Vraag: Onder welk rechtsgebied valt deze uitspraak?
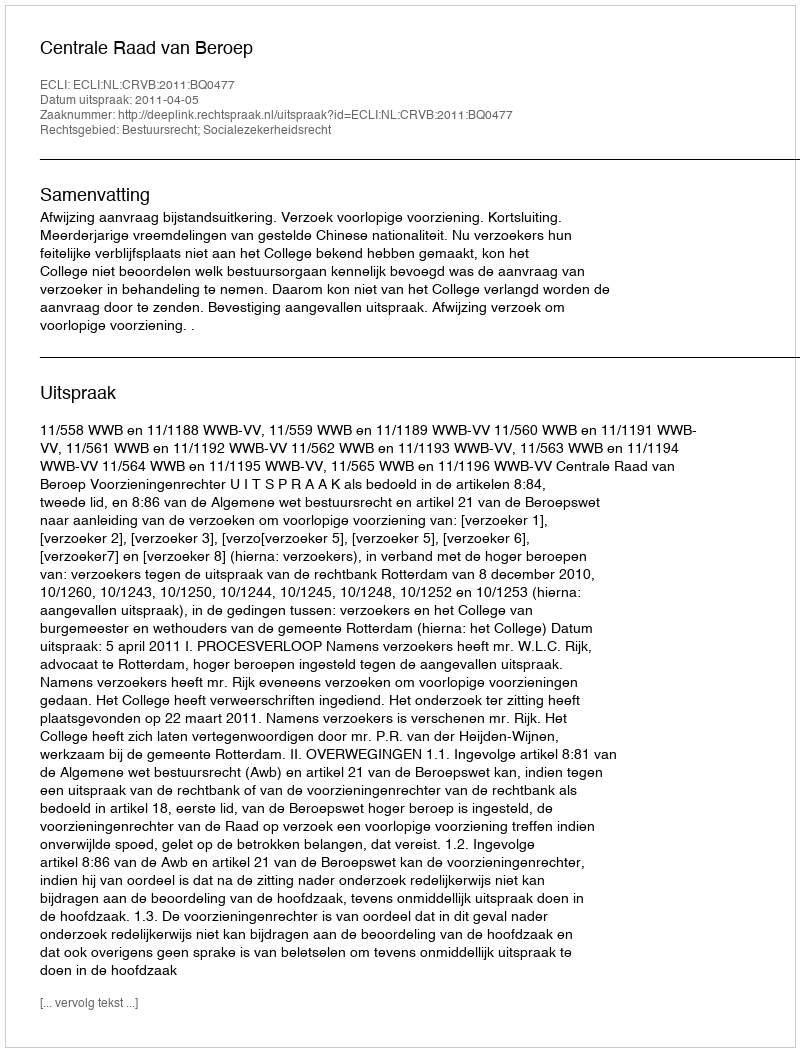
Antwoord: Bestuursrecht; Socialezekerheidsrecht